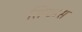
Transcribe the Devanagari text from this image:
सिंप्टम्स